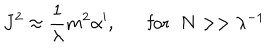
LaTeX: J ^ { 2 } \approx \frac { 1 } { \lambda } m ^ { 2 } \alpha ^ { \prime } , \mathrm { f o r } \; \; N > > \lambda ^ { - 1 }